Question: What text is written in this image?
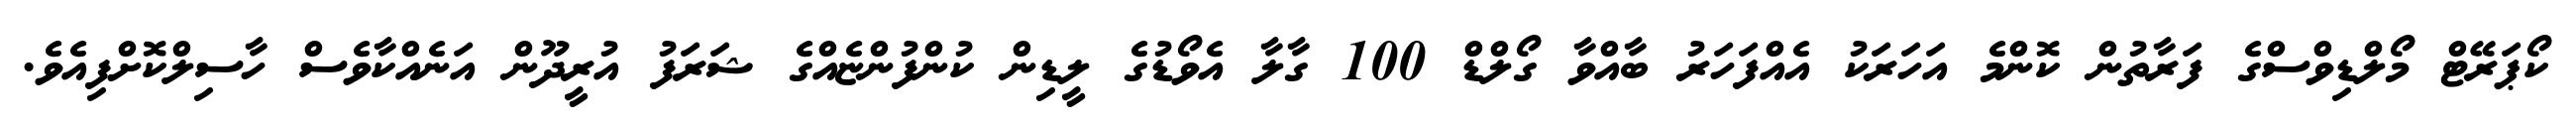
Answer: ކޯޕަރޭޓް މޯލްޑިވްސްގެ ފަރާތުން ކޮންމެ އަހަރަކު އެއްފަހަރު ބާއްވާ ގޯލްޑް 100 ގާލާ އެވޯޑުގެ ލީޑިން ކުންފުންޏެއްގެ ޝަރަފު އުރީދޫން އަނެއްކާވެސް ހާސިލްކޮށްފިއެވެ.